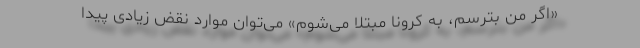
«اگر من بترسم، به کرونا مبتلا می‌شوم» می‌توان موارد نقض زیادی پیدا